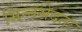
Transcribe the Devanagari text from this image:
भिन्नभेदतः